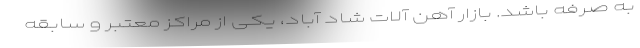
به صرفه باشد. بازار آهن آلات شاد آباد، یکی از مراکز معتبر و سابقه